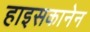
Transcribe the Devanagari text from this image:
हाइसकानेन